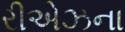
રીએઝના